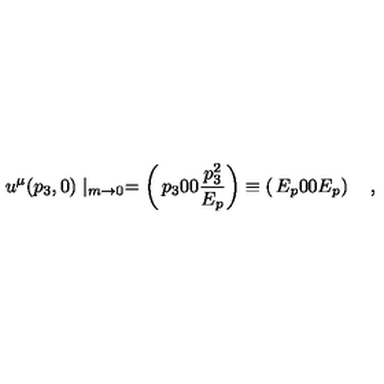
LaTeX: u ^ { \mu } ( p _ { 3 } , 0 ) \mid _ { m \rightarrow 0 } = \left( \begin{matrix} { p _ { 3 } } \\ { 0 } \\ { 0 } \\ { { \frac { p _ { 3 } ^ { 2 } } { E _ { p } } } } \\ \end{matrix} \right) \equiv \left( \begin{matrix} { E _ { p } } \\ { 0 } \\ { 0 } \\ { E _ { p } } \\ \end{matrix} \right) \quad ,